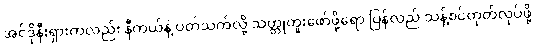
အင်ဒိုနီးရှားကလည်း နီကယ်နဲ့ ပတ်သက်လို့ သတ္တုတူးဖော်ဖို့ရော ပြန်လည် သန့်စင်ထုတ်လုပ်ဖို့